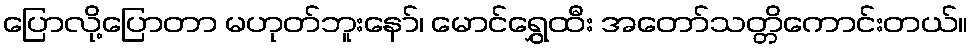
ပြောလို့ပြောတာ မဟုတ်ဘူးနော်၊ မောင်ရွှေထီး အတော်သတ္တိကောင်းတယ်။